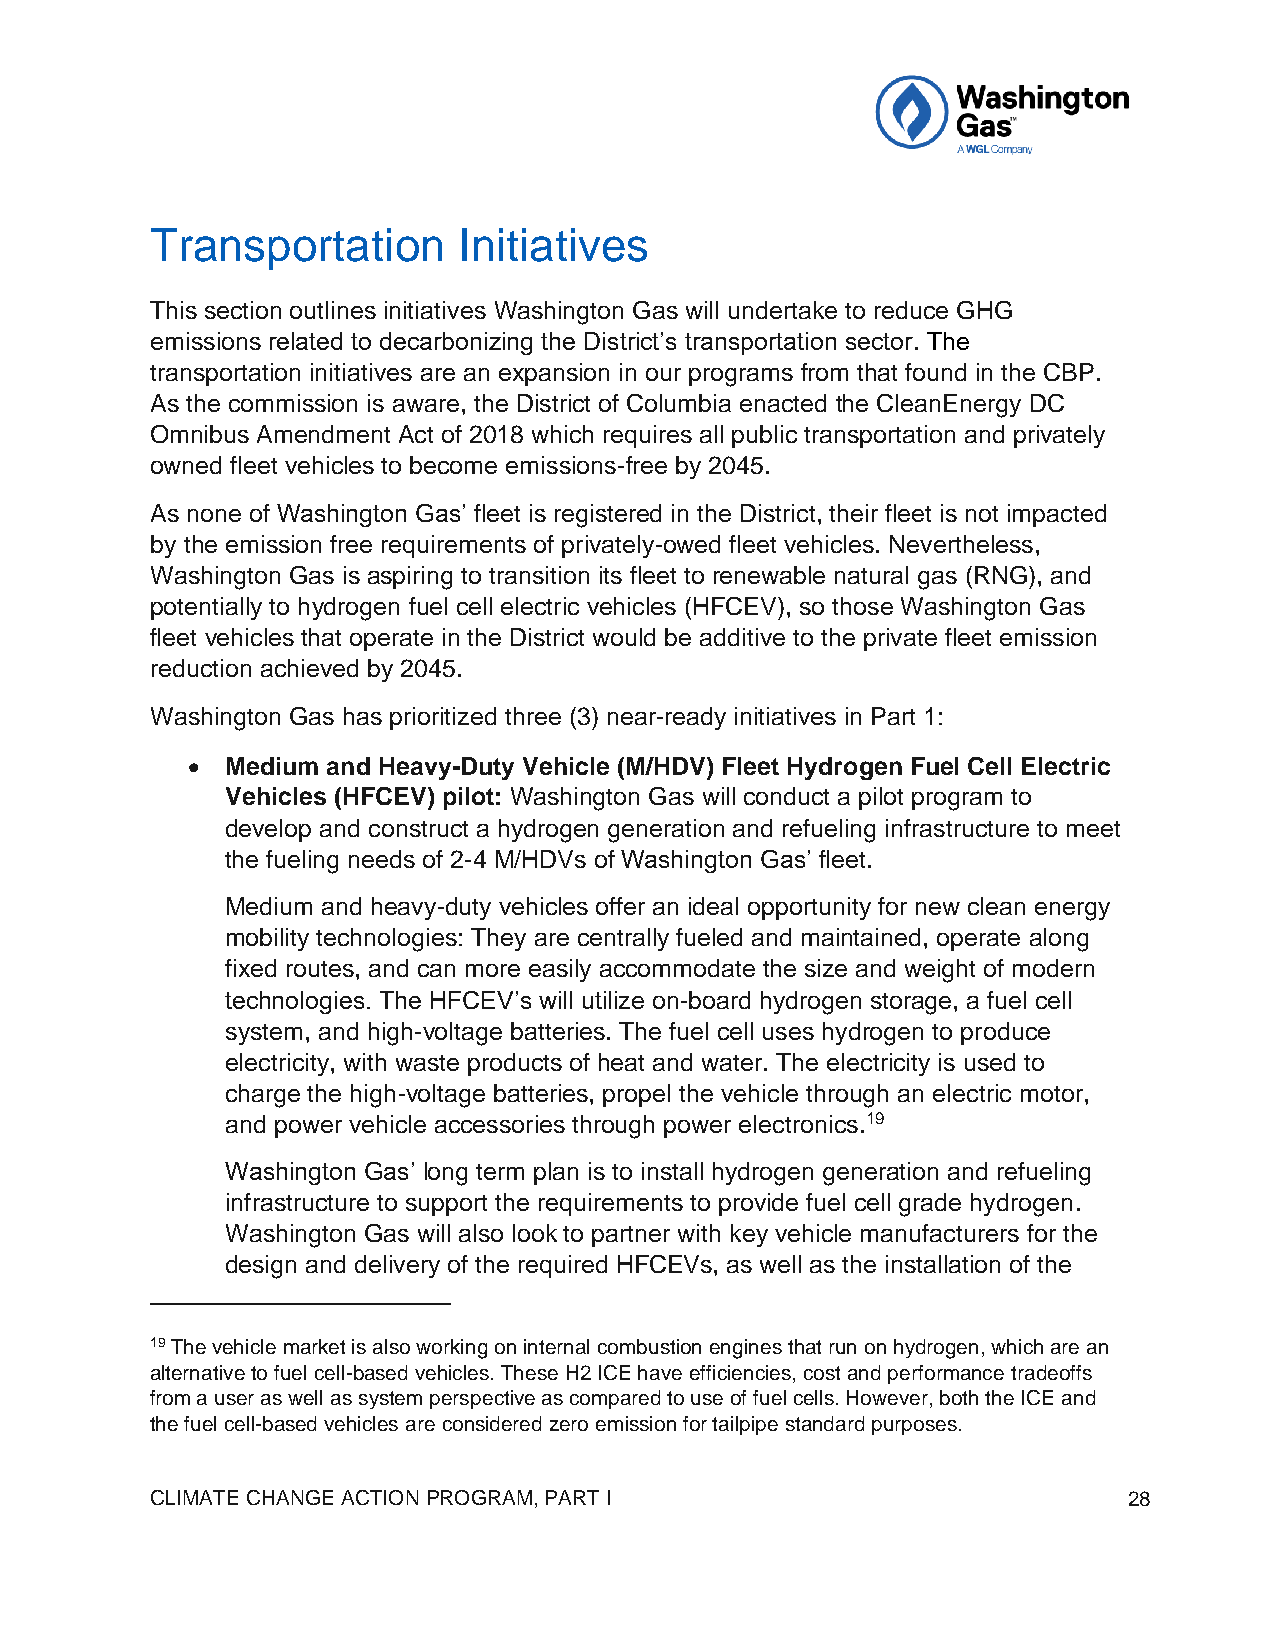
Transportation      Initiatives
 This section outlines initiatives Washington Gas will undertake to reduce GHG
 emissions related to decarbonizing the District’s transportation sector. The
 transportation initiatives are an expansion in our programs from that found in the CBP.
 As the commission is aware, the District of Columbia enacted the CleanEnergy DC
 Omnibus Amendment Act of 2018 which requires all public transportation and privately
 owned fleet vehicles to become emissions-free by 2045.
 As none of Washington Gas’ fleet is registered in the District, their fleet is not impacted
 by the emission free requirements of privately-owed fleet vehicles. Nevertheless,
 Washington Gas is aspiring to transition its fleet to renewable natural gas (RNG), and
 potentially to hydrogen fuel cell electric vehicles (HFCEV), so those Washington Gas
 fleet vehicles that operate in the District would be additive to the private fleet emission
 reduction achieved by 2045.
 Washington Gas has prioritized three (3) near-ready initiatives in Part 1:
 •  Medium and Heavy-Duty Vehicle (M/HDV) Fleet Hydrogen Fuel Cell Electric
 Vehicles (HFCEV) pilot: Washington Gas will conduct a pilot program to
 develop and construct a hydrogen generation and refueling infrastructure to meet
 the fueling needs of 2-4 M/HDVs of Washington Gas’ fleet.
 Medium and heavy-duty vehicles offer an ideal opportunity for new clean energy
 mobility technologies: They are centrally fueled and maintained, operate along
 fixed routes, and can more easily accommodate the size and weight of modern
 technologies. The HFCEV’s will utilize on-board hydrogen storage, a fuel cell
 system, and high-voltage batteries. The fuel cell uses hydrogen to produce
 electricity, with waste products of heat and water. The electricity is used to
 charge the high-voltage batteries, propel the vehicle through an electric motor,
 and power vehicle accessories through power electronics.19
 Washington Gas’ long term plan is to install hydrogen generation and refueling
 infrastructure to support the requirements to provide fuel cell grade hydrogen.
 Washington Gas will also look to partner with key vehicle manufacturers for the
 design and delivery of the required HFCEVs, as well as the installation of the
 19 The vehicle market is also working on internal combustion engines that run on hydrogen, which are an
 alternative to fuel cell-based vehicles. These H2 ICE have efficiencies, cost and performance tradeoffs
 from a user as well as system perspective as compared to use of fuel cells. However, both the ICE and
 the fuel cell-based vehicles are considered zero emission for tailpipe standard purposes.
 CLIMATE CHANGE ACTION PROGRAM, PART I                            28